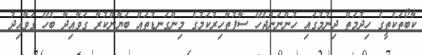
ކާބޯތަކެތީގެ ހިދުމަތް ދިނުމުގައި ހުންނަންޖެހޭ ސާފުތާހިރުކަމުގެ މިންގަނޑުތައް ބަޔާންކުރާ ގަވާއިދާ ބެހޭ ގަވާއިދު